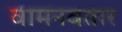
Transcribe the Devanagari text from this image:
वामनवतार